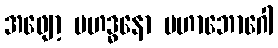
အဖျော့ မဟဒ္ဓနော မဟာဘောဂေါ